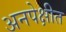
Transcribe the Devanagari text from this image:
अनपेक्षीत